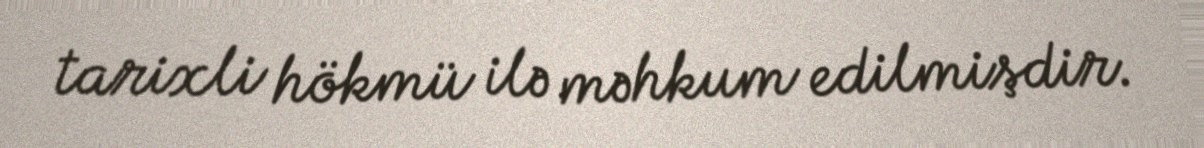
tarixli hökmü ilə məhkum edilmişdir.